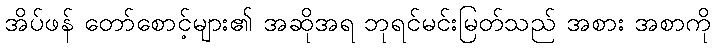
အိပ်ဖန် တော်စောင့်များ၏ အဆိုအရ ဘုရင်မင်းမြတ်သည် အစား အစာကို